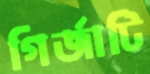
গির্জাটি